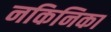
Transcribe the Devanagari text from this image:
नकिनिका